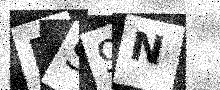
Text: PS9N